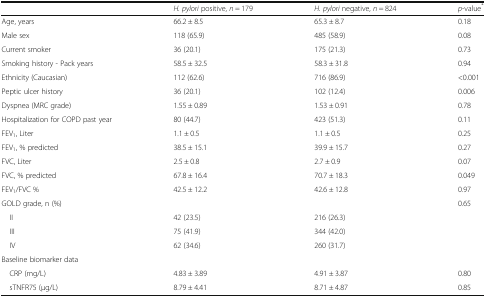
<table><thead><tr><td>[EMPTY_CELL]</td><td><b><i>H. pylori</i> positive, <i>n</i> = 179</b></td><td><b><i>H. pylori</i> negative, <i>n</i> = 824</b></td><td><b><i>p</i>-value<sup>*</sup></b></td></tr></thead><tbody><tr><td>Age, years</td><td>66.2 ± 8.5</td><td>65.3 ± 8.7</td><td>0.18</td></tr><tr><td>Male sex</td><td>118 (65.9)</td><td>485 (58.9)</td><td>0.08</td></tr><tr><td>Current smoker</td><td>36 (20.1)</td><td>175 (21.3)</td><td>0.73</td></tr><tr><td>Smoking history - Pack years</td><td>58.5 ± 32.5</td><td>58.3 ± 31.8</td><td>0.94</td></tr><tr><td>Ethnicity (Caucasian)</td><td>112 (62.6)</td><td>716 (86.9)</td><td>&lt;0.001</td></tr><tr><td>Peptic ulcer history</td><td>36 (20.1)</td><td>102 (12.4)</td><td>0.006</td></tr><tr><td>Dyspnea (MRC grade)</td><td>1.55 ± 0.89</td><td>1.53 ± 0.91</td><td>0.78</td></tr><tr><td>Hospitalization for COPD past year</td><td>80 (44.7)</td><td>423 (51.3)</td><td>0.11</td></tr><tr><td>FEV<sub>1</sub>, Liter</td><td>1.1 ± 0.5</td><td>1.1 ± 0.5</td><td>0.25</td></tr><tr><td>FEV<sub>1</sub>, % predicted</td><td>38.5 ± 15.1</td><td>39.9 ± 15.7</td><td>0.27</td></tr><tr><td>FVC, Liter</td><td>2.5 ± 0.8</td><td>2.7 ± 0.9</td><td>0.07</td></tr><tr><td>FVC, % predicted</td><td>67.8 ± 16.4</td><td>70.7 ± 18.3</td><td>0.049</td></tr><tr><td>FEV<sub>1</sub>/FVC %</td><td>42.5 ± 12.2</td><td>42.6 ± 12.8</td><td>0.97</td></tr><tr><td>GOLD grade, n (%)</td><td>[EMPTY_CELL]</td><td>[EMPTY_CELL]</td><td>0.65</td></tr><tr><td> II</td><td>42 (23.5)</td><td>216 (26.3)</td><td>[EMPTY_CELL]</td></tr><tr><td> III</td><td>75 (41.9)</td><td>344 (42.0)</td><td>[EMPTY_CELL]</td></tr><tr><td> IV</td><td>62 (34.6)</td><td>260 (31.7)</td><td>[EMPTY_CELL]</td></tr><tr><td>Baseline biomarker data</td><td>[EMPTY_CELL]</td><td>[EMPTY_CELL]</td><td>[EMPTY_CELL]</td></tr><tr><td> CRP (mg/L)</td><td>4.83 ± 3.89</td><td>4.91 ± 3.87</td><td>0.80</td></tr><tr><td> sTNFR75 (μg/L)</td><td>8.79 ± 4.41</td><td>8.71 ± 4.87</td><td>0.85</td></tr></tbody></table>